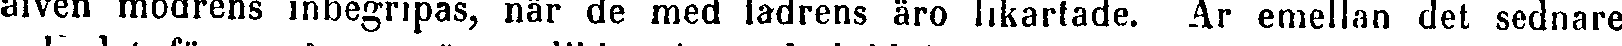
äfven modrens inbegripas, när de med lädrens äro likartade. Ar emellan det sednare